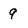
Character: 9